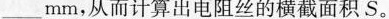
___mm，从而计算出电阻丝的横截面积S。